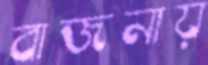
বাজনায়